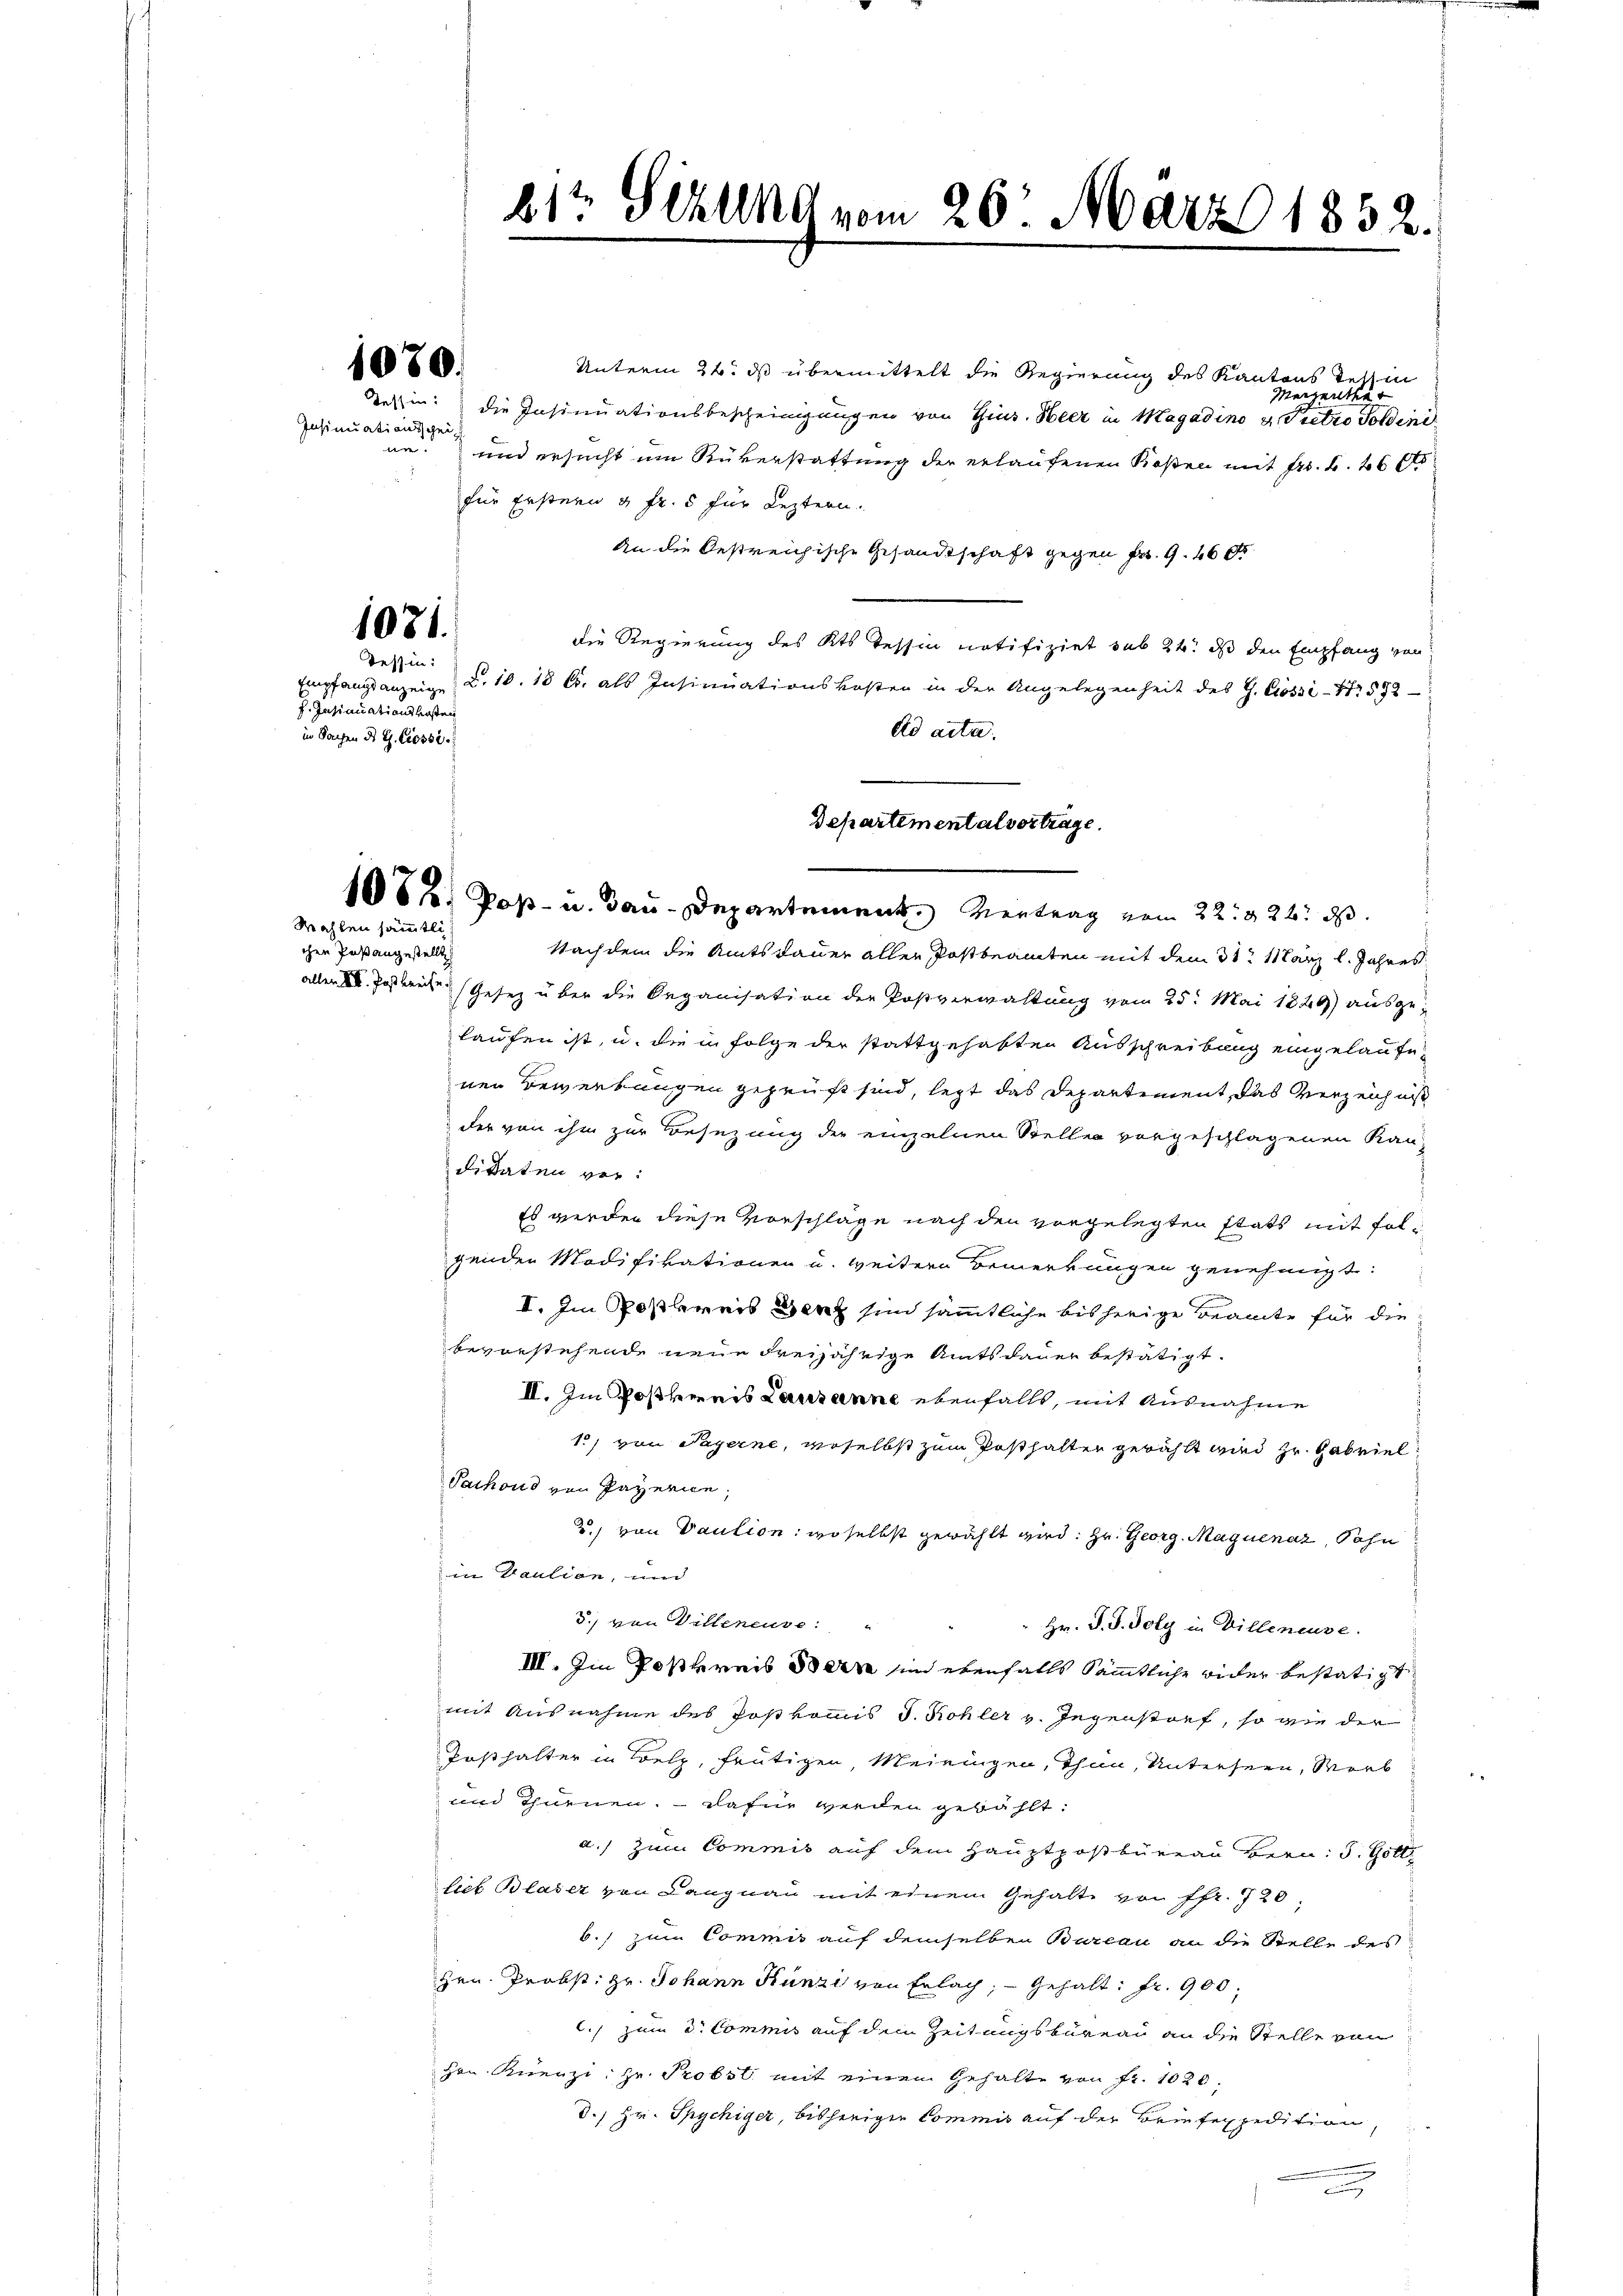
1080.

Insinuationsscheine.

1071.

Tessin:
f. Insinuationskosten
in Sachen des C. Cessi

Wahlen sämmtlich

chen Paßangestellt

Unterm 24. ds übermittelt die Regierung des Kantons Tessin
Meigenthur
Tessin: die Insinuationsbescheinigungen von Gins. Heer in Magadino v. Pretro Poldini
und ersucht um Rükerstattung der erlaufenen Kosten mit fr. f. 460
für Erstern 4 Fr. 5 für Leztern.
An die Oestreichische Gesandtschaft gegen Fr. 9. 460
die Regierung des Kts. Tessin notifizirt sub 24. ds den Empfang von
Empfangsanzeige L. 10. 18 u. als Insinuationskosten in der Angelegenheit des G. Cossi-Nr 592
Ad acta.
1082; Poß- u. Bau-Departement. Vertrag vom 22. 22. d.
Nachdem die Amtsdauer aller Postbeamten mit dem 31. März l. Jahres
aller K. Jostrechen Gesetz über die Organisation der Postverwaltung vom 25. Mai 1849) ausgelaufen ist, u. die in Folge der stattgehabten Ausschreibung eingelaufe
nen Bewerkungen geprüft sind, legt das Departement, das Verzeichnis
der von ihm zur Besezung der einzelnen Stellen vorgeschlagenen Kanditaten ver¬
Es werden diese Vorschläge nach den vorgelegten statt mit folgenden Modifikationen u. weitere Bemerkungen genehmigt:
II. Im Postbereis Benz sind sämmtliche bisherige Beamte für die
bevorstehende neue Freijährige Amtsdauer bestätigt.
II. Im Postherris Lausanne ebenfalls, mit Ausnahme
1) von Payerne, woselbst zum Posthalten gewählt wird Hr. Gabriel
Pachoud von Payerne,
2) von Vaution: woselbst gewählt wird. Hr. Georg. Maguenaz, Sohn
in Paulion, und
5.) von Villeneuve: "
Hr. J. J. Poly in Villeneuse.
III. Im Postkreis den in ebenfalls sämmtliche wider bestätigt
mit Ausnahme des Postkommis J. Kohler v. Gegenstorf, so wie der
Tosthalter in Belz, frütigen Meiningen, Thun, Untersern, Werb
un thurnen. Dafür werden gewählt:
a.) zum Commis auf dem Hauptpostbüreau Bern: 5. Gott.
lieb Blaser von Langnau mit einem Gehalte von Pfr. 720.
b., zum Commis auf demselben Bureau an die Stelle des
Hrn. Probst: Hr. Johann Künzi von Erlach, Gehalt: fr. 900;
.) zum 3. Commis auf dem Zeitungsbureau an die Stelle von
Hrn Kenzi: Hr. Probst mit einen Gehalte von fr. 1020.
d., Hr. Spychiger, bisherigen Commis auf der Briefexpedition,
a

812 Ställe vom 26. März 1852.

Departementalvertrage.